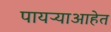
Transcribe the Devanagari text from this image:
पायऱ्याआहेत